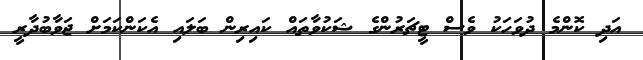
އަދި ކޮންމެ ދުވަހަކު ވެސް ޓީޗަރުންގެ ޝަކުވާތައް ކައިރިން ބަލައި އެކަންކަމަށް ޖަވާބުދާރީ